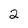
Character: 2